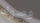
وصوله